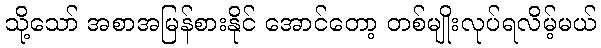
သို့သော် အစာအမြန်စားနိုင် အောင်တော့ တစ်မျိုးလုပ်ရလိမ့်မယ်